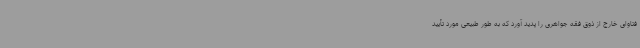
فتاوای خارج از ذوق فقه جواهری را پدید آورد که به طور طبیعی مورد تأیید